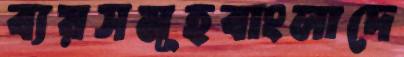
ব্যয়সমূহবাংলাদে